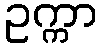
ဥက္ကာ